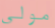
مولى